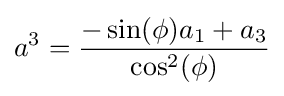
a^{3}={\frac {-\sin(\phi )a_{1}+a_{3}}{\cos ^{2}(\phi )}}